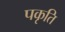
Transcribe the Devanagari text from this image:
पकृति